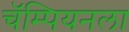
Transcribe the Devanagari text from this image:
चॅम्पियनला